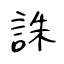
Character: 誅